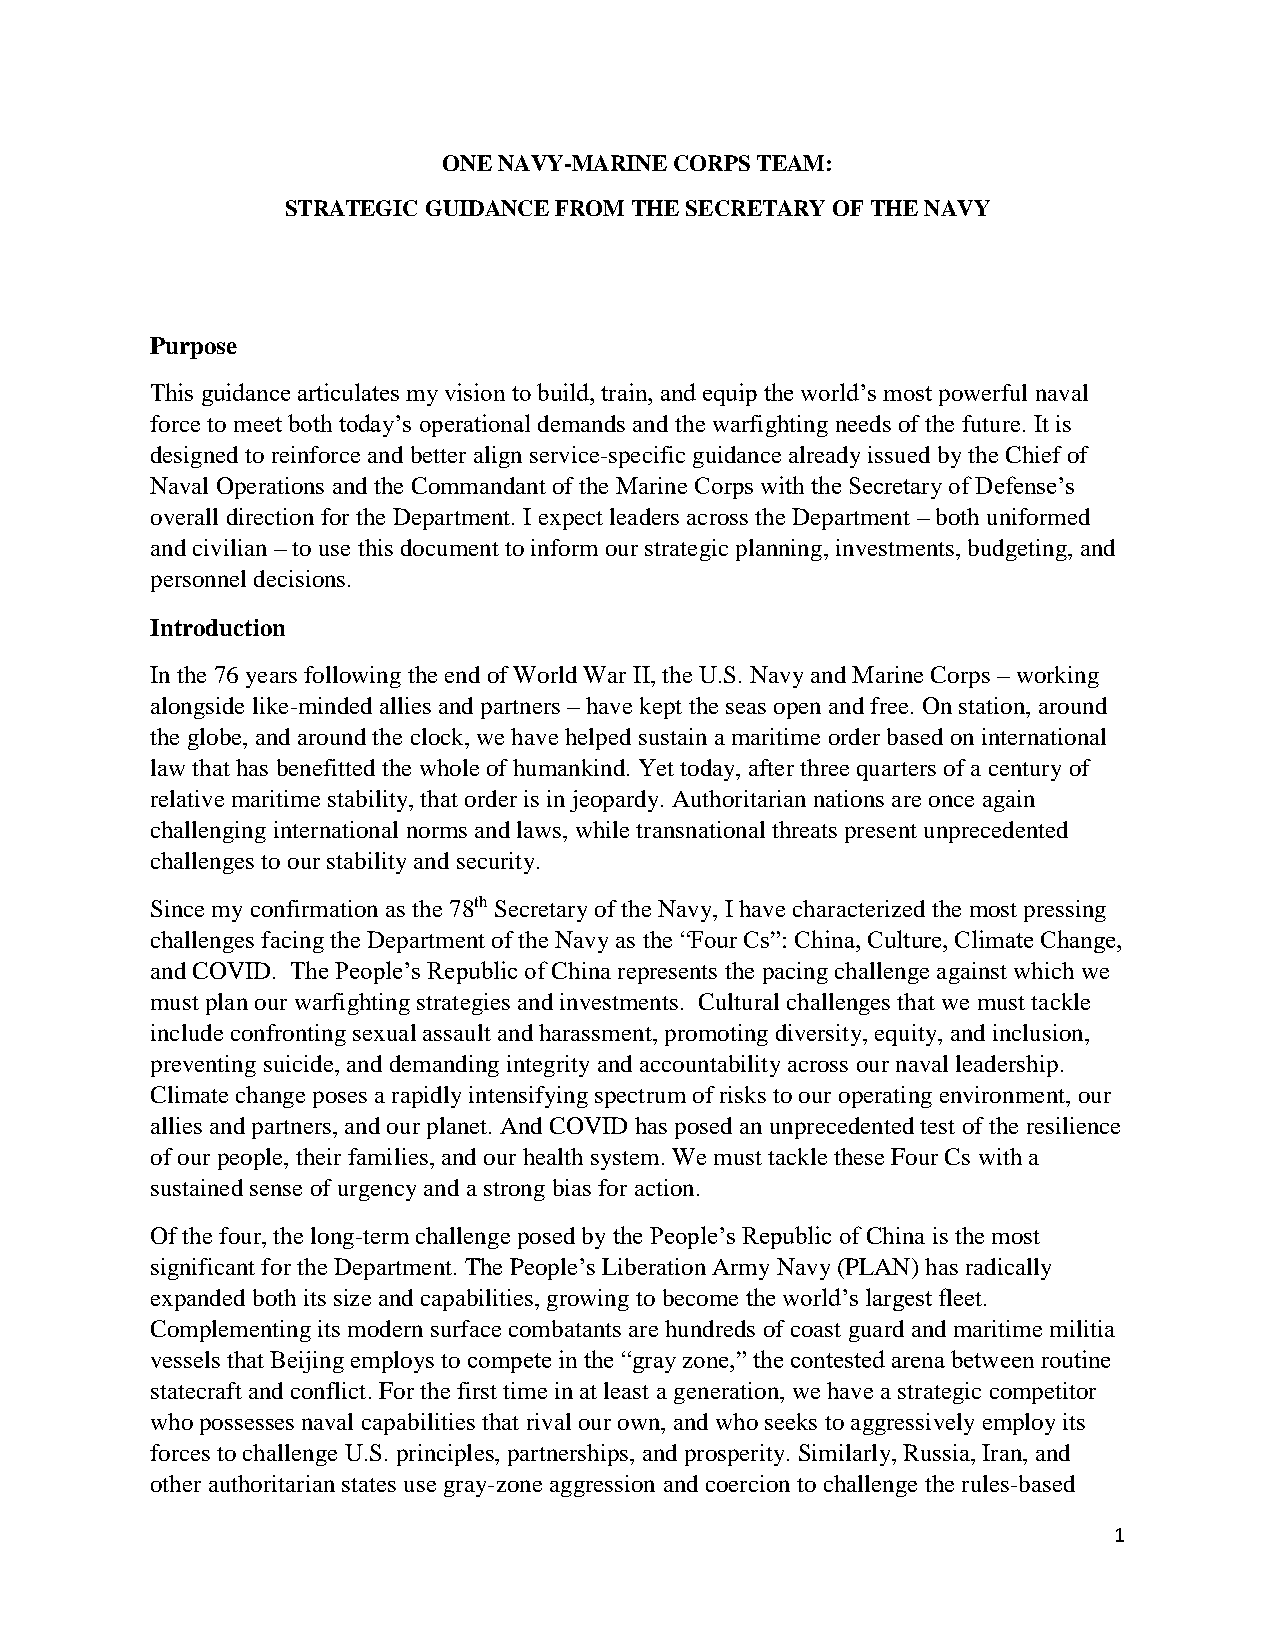
ONE NAVY-MARINE CORPS TEAM:
 STRATEGIC GUIDANCE FROM THE SECRETARY OF THE NAVY
 Purpose
 This guidance articulates my vision to build, train, and equip the world’s most powerful naval
 force to meet both today’s operational demands and the warfighting needs of the future. It is
 designed to reinforce and better align service-specific guidance already issued by the Chief of
 Naval Operations and the Commandant of the Marine Corps with the Secretary of Defense’s
 overall direction for the Department. I expect leaders across the Department – both uniformed
 and civilian – to use this document to inform our strategic planning, investments, budgeting, and
 personnel decisions.
 Introduction
 In the 76 years following the end of World War II, the U.S. Navy and Marine Corps – working
 alongside like-minded allies and partners – have kept the seas open and free. On station, around
 the globe, and around the clock, we have helped sustain a maritime order based on international
 law that has benefitted the whole of humankind. Yet today, after three quarters of a century of
 relative maritime stability, that order is in jeopardy. Authoritarian nations are once again
 challenging international norms and laws, while transnational threats present unprecedented
 challenges to our stability and security.
 Since my confirmation as the 78th Secretary of the Navy, I have characterized the most pressing
 challenges facing the Department of the Navy as the “Four Cs”: China, Culture, Climate Change,
 and COVID. The People’s Republic of China represents the pacing challenge against which we
 must plan our warfighting strategies and investments. Cultural challenges that we must tackle
 include confronting sexual assault and harassment, promoting diversity, equity, and inclusion,
 preventing suicide, and demanding integrity and accountability across our naval leadership.
 Climate change poses a rapidly intensifying spectrum of risks to our operating environment, our
 allies and partners, and our planet. And COVID has posed an unprecedented test of the resilience
 of our people, their families, and our health system. We must tackle these Four Cs with a
 sustained sense of urgency and a strong bias for action.
 Of the four, the long-term challenge posed by the People’s Republic of China is the most
 significant for the Department. The People’s Liberation Army Navy (PLAN) has radically
 expanded both its size and capabilities, growing to become the world’s largest fleet.
 Complementing its modern surface combatants are hundreds of coast guard and maritime militia
 vessels that Beijing employs to compete in the “gray zone,” the contested arena between routine
 statecraft and conflict. For the first time in at least a generation, we have a strategic competitor
 who possesses naval capabilities that rival our own, and who seeks to aggressively employ its
 forces to challenge U.S. principles, partnerships, and prosperity. Similarly, Russia, Iran, and
 other authoritarian states use gray-zone aggression and coercion to challenge the rules-based
 1